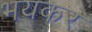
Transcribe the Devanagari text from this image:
भयकर